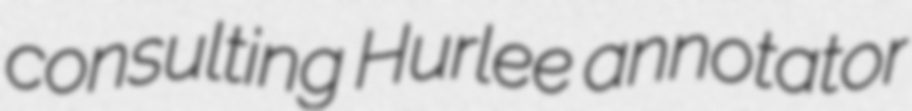
consulting Hurlee annotator